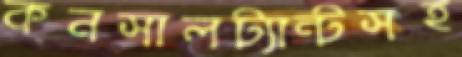
কনসালট্যান্টসহ